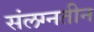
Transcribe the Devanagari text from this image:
संलग्नतीन